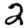
Digit: 2